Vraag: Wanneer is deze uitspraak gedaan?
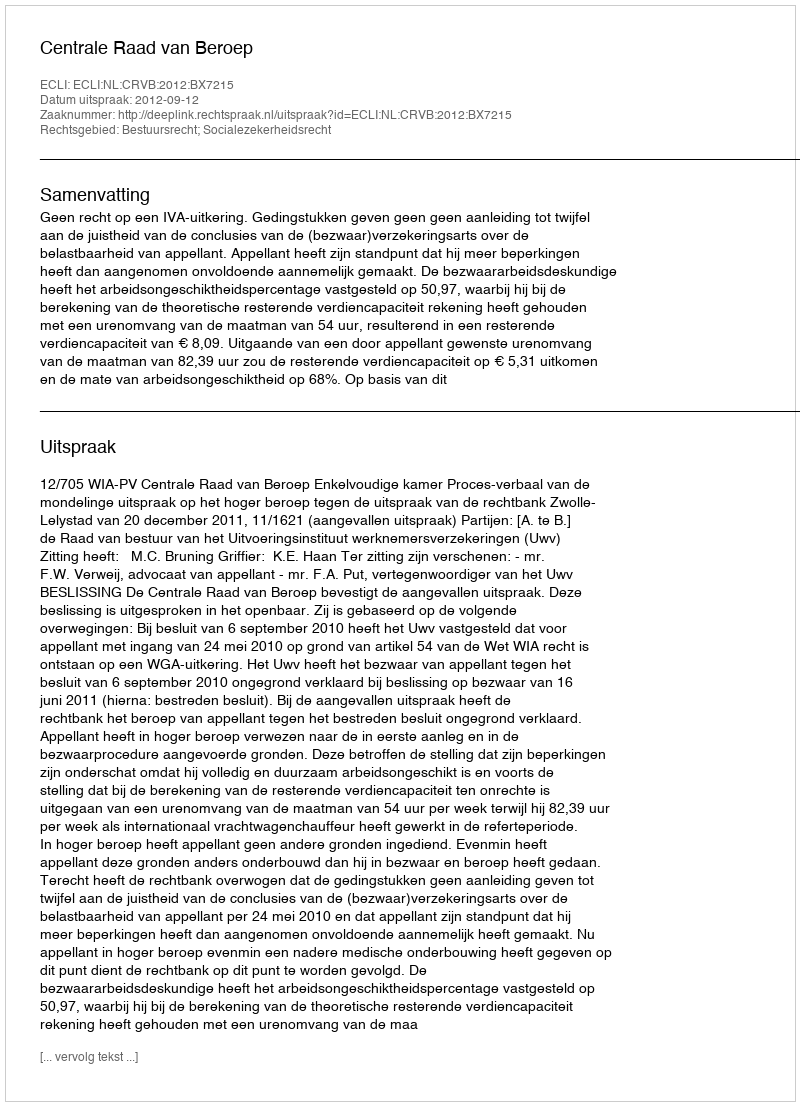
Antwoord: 2012-09-12